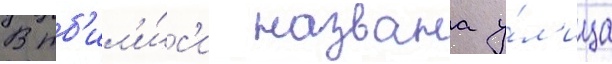
В тб'ил'и́с'и названа у́л'ица